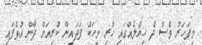
މިފަހަރު ވެސް ދެ ޚިޔާލެއްގައި ހުރި މީހަކު ފަދައިން ކުރިއަށް ދާން އުޅެފައި